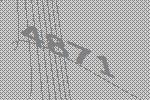
4871